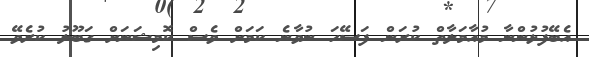
އެބޭފުޅުންނާ މުއާމަލާތް ކުރަން ފަސޭހަ ނުވާނެ ކަމަށް ވެސް ކޮމިޝަނަށް ގަބޫލު ކުރެވޭ